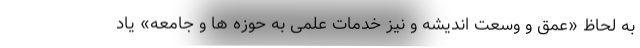
به لحاظ «عمق و وسعت اندیشه و نیز خدمات علمی به حوزه ها و جامعه» یاد